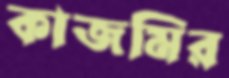
কাজমির